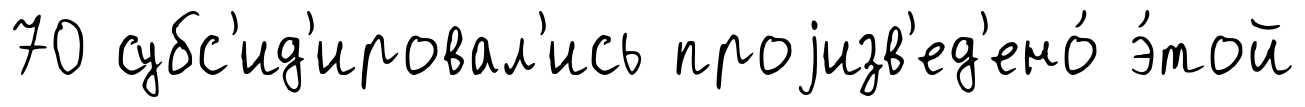
70 субс'ид'ировал'ись проjизв'ед'ено́ э́той